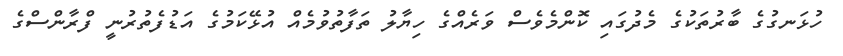
ހުޅަނގުގެ ބާރުތަކުގެ މެދުގައި ކޮންމެވެސް ވަރެއްގެ ހިޔާލު ތަފާތުވުމެއް އުޅޭކަމުގެ އަޑުފެތުރުނީ ފްރާންސްގެ